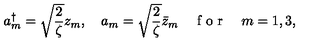
a _ { m } ^ { \dagger } = \sqrt { \frac { 2 } { \zeta } } z _ { m } , \quad a _ { m } = \sqrt { \frac { 2 } { \zeta } } \bar { z } _ { m } \quad \textrm { f o r } \quad m = 1 , 3 ,